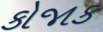
કોજાક